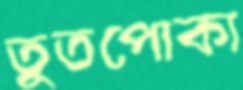
তুতপোকা